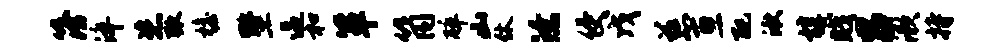
簿淬恣弧檐墅逼和箪筒碎山休潦侵戊慈亘配湫椁贱吕漱持